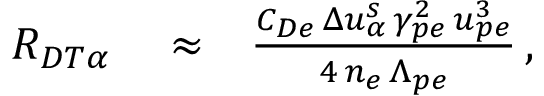
\begin{array} { r l r } { { \cal R } _ { D T \alpha } } & { { } \approx } & { \frac { C _ { D e } \, \Delta u _ { \alpha } ^ { s } \, \gamma _ { p e } ^ { 2 } \, u _ { p e } ^ { 3 } } { 4 \, n _ { e } \, \Lambda _ { p e } } \, , } \end{array}